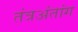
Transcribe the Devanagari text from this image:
तंत्रअंतांग